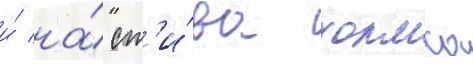
и́ на́ ст'и́ва холмса